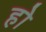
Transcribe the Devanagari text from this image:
हो